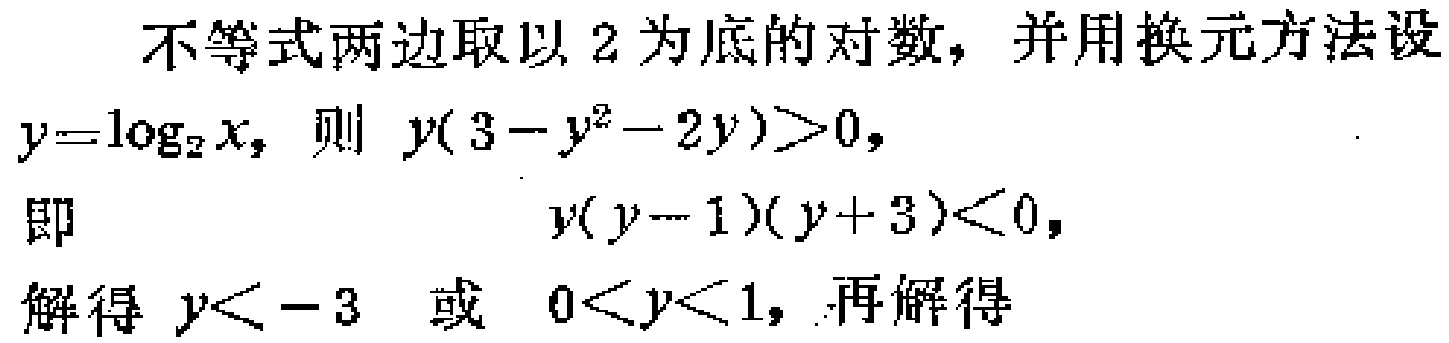
不等式两边取以 2 为底的对数，并用换元方法设
\(y = \log_{2}x\)，则 \(y(3 - y^{2} - 2y)>0\)，
即 \(y(y - 1)(y + 3)<0\)，
解得 \(y < - 3\) 或 \(0 < y < 1\)，再解得